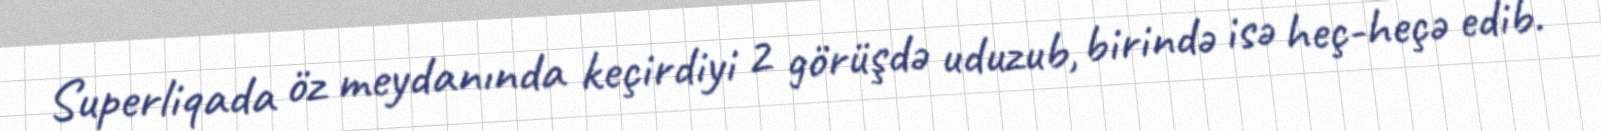
Superliqada öz meydanında keçirdiyi 2 görüşdə uduzub, birində isə heç-heçə edib.